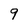
Character: 9